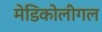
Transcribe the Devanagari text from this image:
मेडिकोलीगल